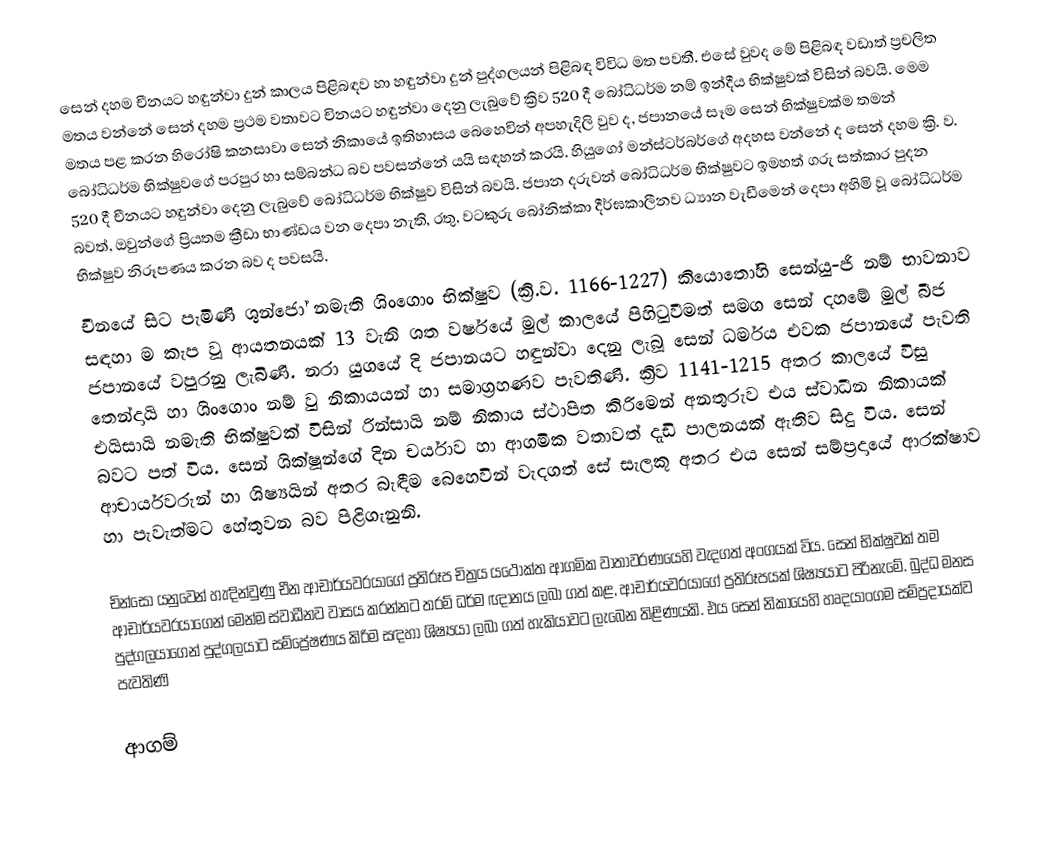
සෙන් දහම චීනයට හඳුන්වා දුන් කාලය පිළිබඳව හා හඳුන්වා දුන් පුද්ගලයන් පිළිබඳ විවිධ මත පවතී. එසේ වුවද මේ පිළිබඳ වඩාත් ප්‍රචලිත මතය වන්නේ සෙන් දහම ප්‍රථම වතාවට චිනයට හඳුන්වා දෙනු ලැබුවේ ක්‍රිව 520 දී බෝධිධර්ම නම් ඉන්දීය භික්ෂුවක් විසින් බවයි. මෙම මතය පළ කරන හිරෝෂි කනසාවා සෙන් නිකායේ ඉතිහාසය බෙහෙවින් අපහැදිලි වුව ද, ජපානයේ සෑම සෙන් භික්ෂුවක්ම තමන් බෝධිධර්ම භික්ෂුවගේ පරපුර හා සම්බන්ධ බව පවසන්නේ යයි සඳහන් කරයි. හියුගෝ මන්ස්ටර්බර්ගේ අදහස වන්නේ ද සෙන් දහම ක්‍රි. ව. 520 දී චීනයට හඳුන්වා දෙනු ලැබුවේ බෝධිධර්ම භික්ෂුව විසින් බවයි. ජපාන දරුවන් බෝධිධර්ම භික්ෂුවට ඉමහත් ගරු සත්කාර පුදන බවත්, ඔවුන්ගේ ප්‍රියතම ක්‍රීඩා භාණ්ඩය වන දෙපා නැති, රතු, වටකුරු බෝනික්කා දීර්ඝකාලීනව ධ්‍යාන වැඩීමෙන් දෙපා අහිමි වූ බෝධිධර්ම භික්ෂුව නිරූපණය කරන බව ද පවසයි.
චීනයේ සිට පැමිණි ශුන්ජෝ නමැති ශිංගොං භික්ෂුව (ක්‍රි.ව. 1166-1227) කියොතෝහි සෙන්යු-ජි නම් භාවනාව සඳහා ම කැප වූ ආයතනයක් 13 වැනි ශත වර්ෂයේ මුල් කාලයේ පිහිටුවීමත් සමග සෙන් දහමේ මුල් බීජ ජපානයේ වපුරනු ලැබිණි. නරා යුගයේ දි ජපානයට හඳුන්වා දෙනු ලැබූ සෙන් ධර්මය එවක ජපානයේ පැවති තෙන්දායි හා ශිංගොං නම් වු නිකායයන් හා සමාග්‍රහණව පැවතිණි. ක්‍රිව 1141-1215 අතර කාලයේ විසු එයිසායි නමැති භික්ෂුවක් විසින් රින්සායි නම් නිකාය ස්ථාපිත කිරිමෙන් අනතුරුව එය ස්වාධීන නිකායක් බවට පත් විය. සෙන් ශික්ෂූන්ගේ දින චර්යාව හා ආගමික වතාවත් දැඩි පාලනයක් ඇතිව සිදු විය. සෙන් ආචාර්යවරුන් හා ශිෂ්‍යයින් අතර බැඳීම බෙහෙවින් වැදගත් සේ සැලකූ අතර එය සෙන් සම්ප්‍රදායේ ආරක්ෂාව හා පැවැත්මට හේතුවන බව පිළිගැනුනි.

චින්සෝ යනුවෙන් හැඳින්වුණු චීන ආචාර්යවරයාගේ ප්‍රතිරූප චිත්‍රය යථෝක්ත ආගමික වාතාවරණයෙහි වැදගත් අංගයක් විය. සෙන් භික්ෂුවක් තම ආචාර්යවරයාගෙන් මෙන්ම ස්වාධීනව වාසය කරන්නට තරම් ධර්ම ඥානය ලබා ගත් කළ, ආචාර්යවරයාගේ ප්‍රතිරූපයක් ශිෂ්‍යයාට පිරිනැමේ. බුද්ධ මනස පුද්ගලයාගෙන් පුද්ගලයාට සම්ප්‍රේෂණය කිරිම සඳහා ශිෂ්‍යයා ලබා ගත් හැකියාවට ලැබෙන තිළිණයකි. එය සෙන් නිකායෙහි හෘදයාංගම සම්ප්‍රදායක්ව පැවතිණි

ආගම්